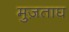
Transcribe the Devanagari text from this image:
मुज़ताघ